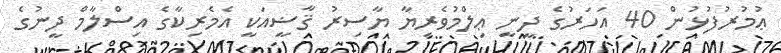
ޢުމުރުފުޅުން 40 އަހަރުގެ ދީނީ ޢިލްމުވެރިޔާ ޔާސިރު ޤާޟީއަކީ އެމެރިކާގެ އިސްލާމް ދީނުގެ